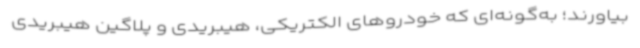
بیاورند؛ به‌گونه‌ای که خودروهای الکتریکی، هیبریدی و پلاگین هیبریدی